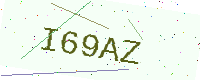
Text: I69AZ